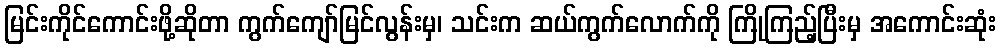
မြင်းကိုင်ကောင်းဖို့ဆိုတာ ကွက်ကျော်မြင်လွန်းမှ၊ သင်းက ဆယ်ကွက်လောက်ကို ကြိုကြည့်ပြီးမှ အကောင်းဆုံး